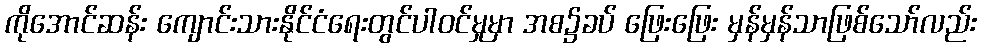
ကိုအောင်ဆန်း ကျောင်းသားနိုင်ငံရေးတွင်ပါဝင်မှုမှာ အစ၌ခပ် ဖြေးဖြေး မှန်မှန်သာဖြစ်သော်လည်း